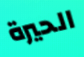
الحيرة